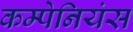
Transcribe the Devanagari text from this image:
कम्पेनियंस